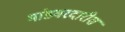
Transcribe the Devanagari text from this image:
भांडवरदारीस